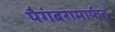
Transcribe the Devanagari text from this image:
पैगंबरामार्फत